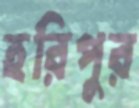
হরিপুর